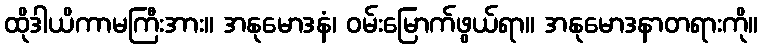
ထိုဒါယိကာမကြီးအား။ အနုမောဒနံ၊ ဝမ်းမြောက်ဖွယ်ရာ။ အနုမောဒနာတရားကို။